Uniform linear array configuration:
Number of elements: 12
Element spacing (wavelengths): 0.5
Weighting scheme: uniform
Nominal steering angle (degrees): -30
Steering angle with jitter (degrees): -31.03
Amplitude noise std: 0.05
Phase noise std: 0.05

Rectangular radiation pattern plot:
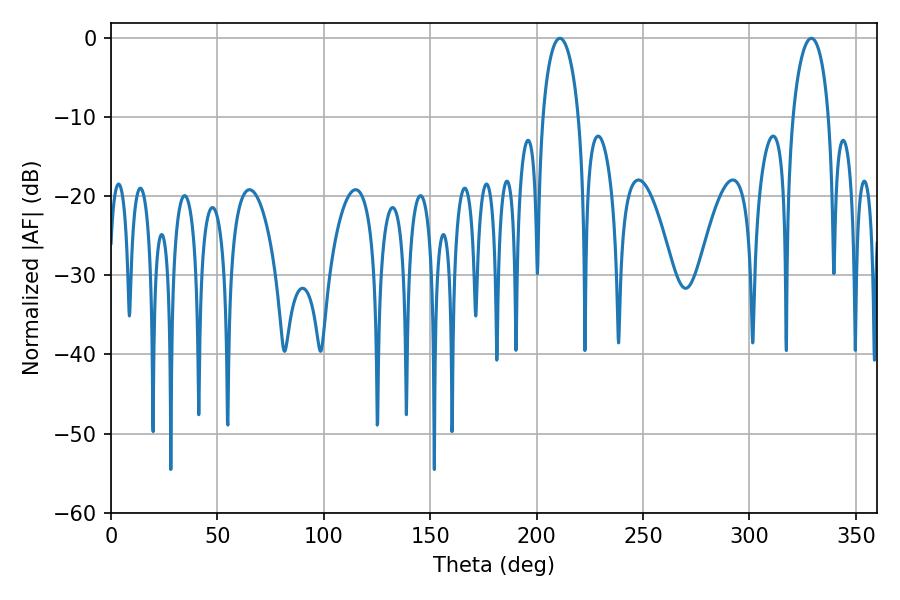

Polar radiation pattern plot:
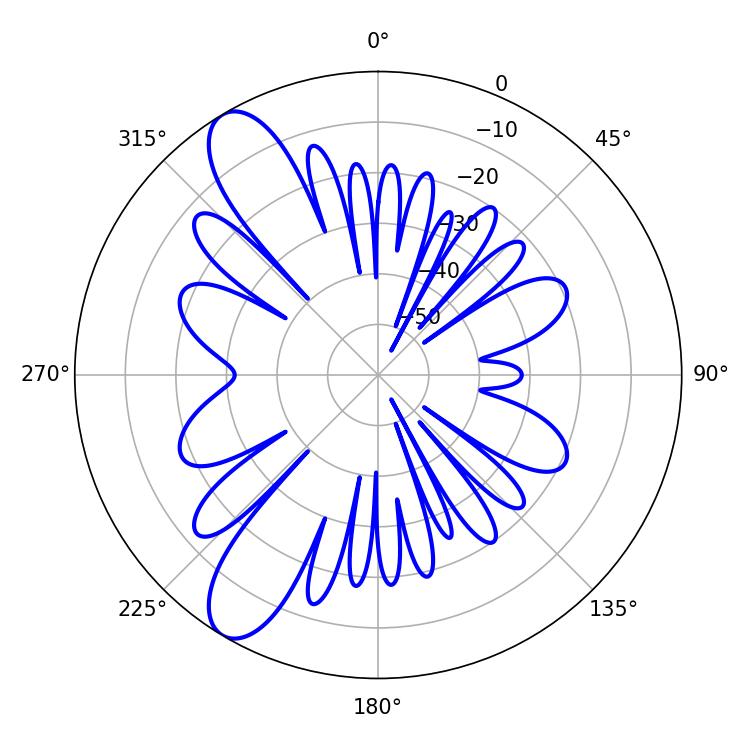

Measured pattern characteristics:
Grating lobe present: FALSE
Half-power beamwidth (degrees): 9.54
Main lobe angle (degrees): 210.96